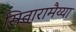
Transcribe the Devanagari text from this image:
सितारामैय्या